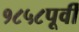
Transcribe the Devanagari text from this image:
१८५८पूर्वी